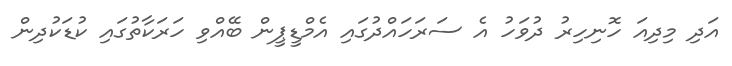
އަދި މިދިއަ ހޮނިހިރު ދުވަހު އެ ސަރަހައްދުގައި އެމްޑީޕީން ބޭއްވި ހަރަކާތުގައި ކުޑަކުދިން